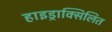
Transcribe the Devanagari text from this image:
हाइड्राक्सिलित